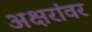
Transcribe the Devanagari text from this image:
अक्षरांवर